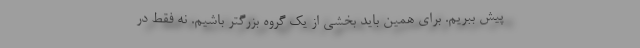
پیش ببریم. برای همین باید بخشی از یک گروه بزرگتر باشیم. نه فقط در